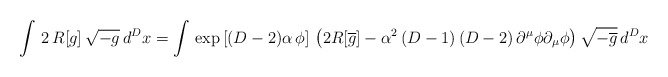
\begin{align*}\int \, 2 \, R[g] \, \sqrt{-g} \, d^Dx = \int \, \exp \left[(D-2)\alpha \,\phi \right] \, \left(2 R[\overline{g}] -\alpha ^2 \left( D-1\right) \left( D-2\right) \partial ^\mu \phi \partial _\mu \phi \right) \sqrt{-\overline{g}}\,d^Dx\end{align*}